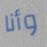
وأنا